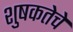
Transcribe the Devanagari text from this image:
शुषकतेचे